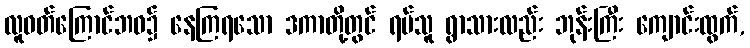
လူဝတ်ကြောင်ဘဝ၌ နေကြရသော ဒကာတို့တွင် ရပ်သူ ရွာသားလည်း ဘုန်းကြီး ကျောင်းထွက်,